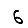
Digit: 6